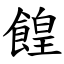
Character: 餭